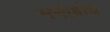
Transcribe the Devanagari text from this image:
मनोबोध